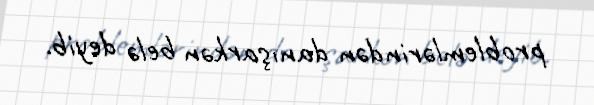
problemlərindən danışarkən belə deyib.